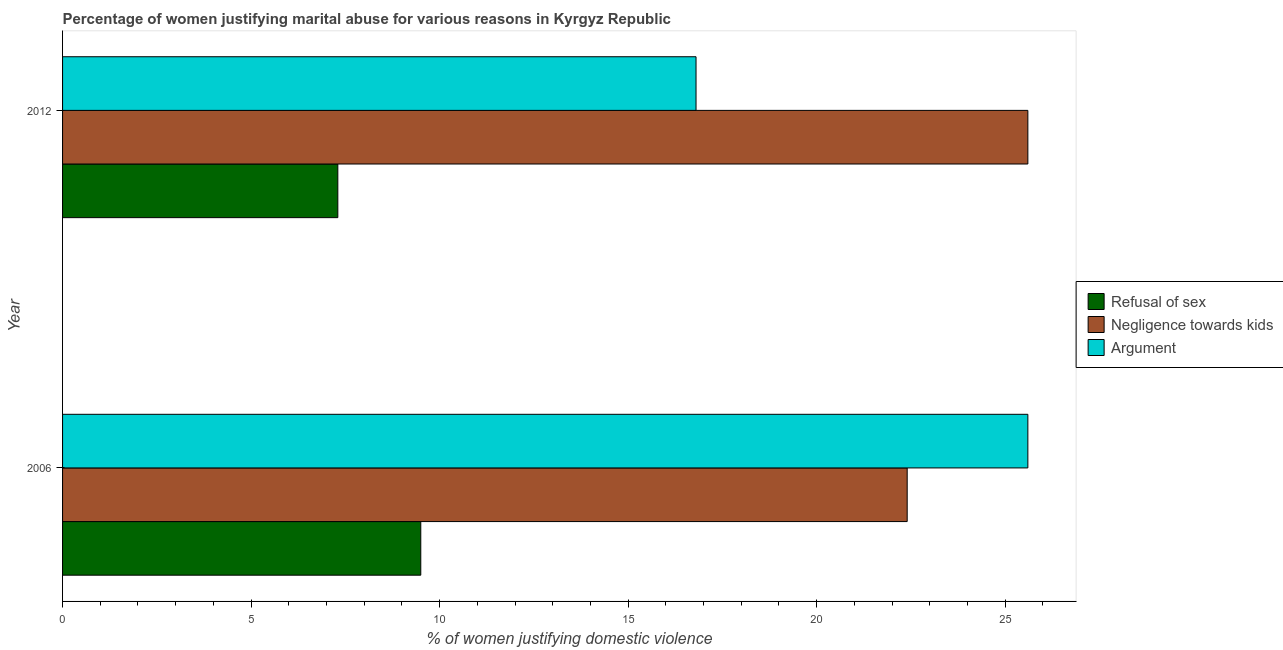
| Year | Refusal of sex | Negligence towards kids | Argument |
 | --- | --- | --- | --- |
 | 2006 | 9.5 | 22.4 | 25.6 |
 | 2012 | 7.3 | 25.6 | 16.8 |